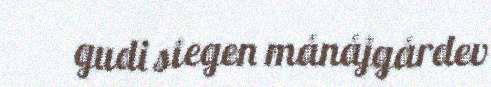
gudi siegen mánájgárdev